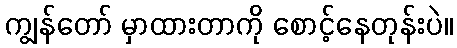
ကျွန်တော် မှာထားတာကို စောင့်နေတုန်းပဲ။